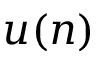
u ( n )